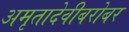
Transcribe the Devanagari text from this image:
अमृतादेवीबरोबर